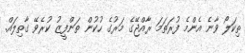
ތިކަލޯ ވާނެ އެންމެ ފުރަތަމަ ރާއްޖޭގެ މަރުގެ ހުކުން ތަންފީޒު ކުރެވޭ ގާތިލައް.